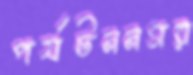
পর্যটননগর